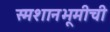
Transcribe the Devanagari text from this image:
स्मशानभूमीची